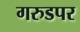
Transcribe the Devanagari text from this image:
गरुडपर